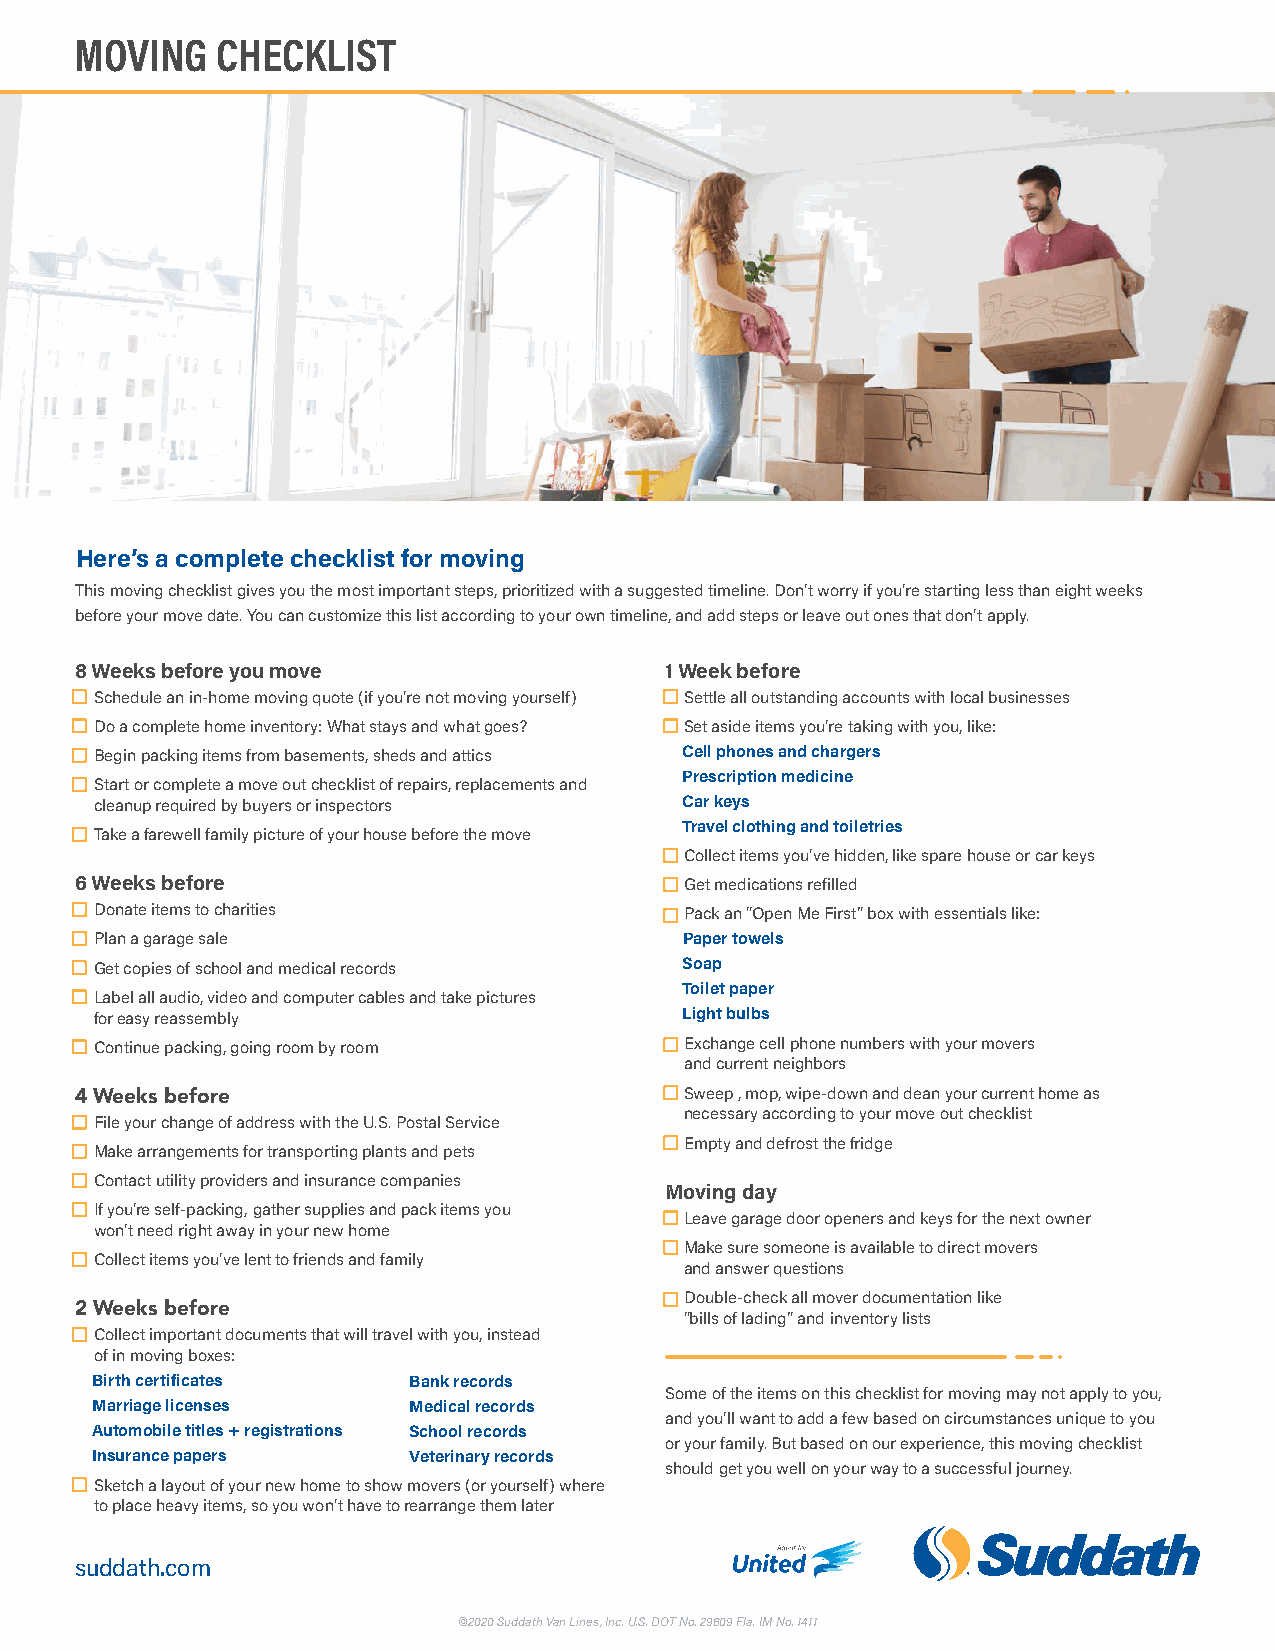
MOVING   CHECKLIST
 Here’s a complete checklist for moving
 This moving checklist gives you the most important steps, prioritized with a suggested timeline. Don’t worry if you’re starting less than eight weeks
 before your move date. You can customize this list according to your own timeline, and add steps or leave out ones that don’t apply.
 8 Weeks before you move                1 Week before
 Schedule an in-home moving quote (if you’re not moving yourself) Settle all outstanding accounts with local businesses
 Do a complete home inventory: What stays and what goes? Set aside items you’re taking with you, like:
 Begin packing items from basements, sheds and attics Cell phones and chargers
 Prescription medicine
 Start or complete a move out checklist of repairs, replacements and
 cleanup required by buyers or inspectors Car keys
 Travel clothing and toiletries
 Take a farewell family picture of your house before the move
 Collect items you’ve hidden, like spare house or car keys
 6 Weeks before                          Get medications refilled
 Donate items to charities              Pack an “Open Me First” box with essentials like:
 Plan a garage sale                     Paper towels
 Get copies of school and medical records Soap
 Toilet paper
 Label all audio, video and computer cables and take pictures
 for easy reassembly                    Light bulbs
 Continue packing, going room by room   Exchange cell phone numbers with your movers
 and current neighbors
 4 Weeks before                          Sweep , mop, wipe-down and dean your current home as
 necessary according to your move out checklist
 File your change of address with the U.S. Postal Service
 Empty and defrost the fridge
 Make arrangements for transporting plants and pets
 Contact utility providers and insurance companies
 Moving day
 If you’re self-packing, gather supplies and pack items you
 Leave garage door openers and keys for the next owner
 won’t need right away in your new home
 Make sure someone is available to direct movers
 Collect items you’ve lent to friends and family
 and answer questions
 2 Weeks before                          Double-check all mover documentation like
 “bills of lading” and inventory lists
 Collect important documents that will travel with you, instead
 of in moving boxes:
 Birth certificates   Bank records
 Some of the items on this checklist for moving may not apply to you,
 Marriage licenses    Medical records
 and you’ll want to add a few based on circumstances unique to you
 Automobile titles + registrations School records
 or your family. But based on our experience, this moving checklist
 Insurance papers     Veterinary records
 should get you well on your way to a successful journey.
 Sketch a layout of your new home to show movers (or yourself) where
 to place heavy items, so you won’t have to rearrange them later
 suddath.com
 ©2020 Suddath Van Lines, Inc. U.S. DOT No. 29609 Fla. IM No. 1411